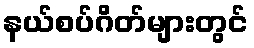
နယ်စပ်ဂိတ်များတွင်